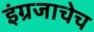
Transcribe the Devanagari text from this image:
इंग्रजाचेच